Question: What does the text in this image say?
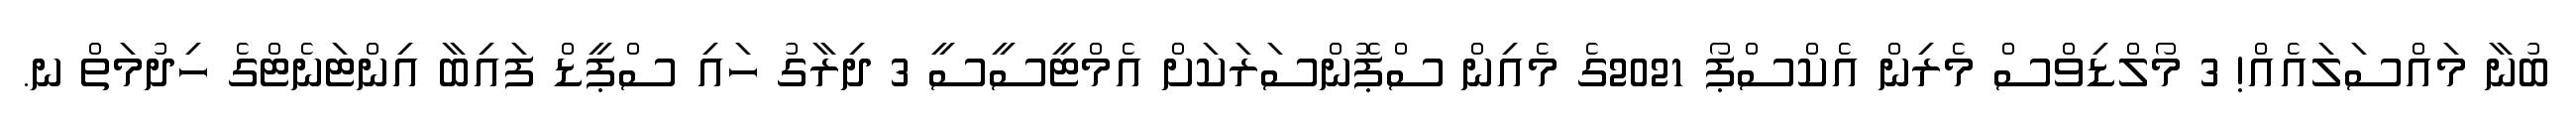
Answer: ބުނާ މައްސަލައެއް! 3 މޯލްޑިވްސް މެރިން އެކްސްޕޯ 2021ގެ މެއިން ސްޕޮންސަރަކަށް އެމްޓީސީސީ 3 ދިރާގު ހައި ސްޕީޑް ފައިބާ އިންޓަނެޓްގެ ހިދުމަތް ނ.